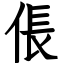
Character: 倀